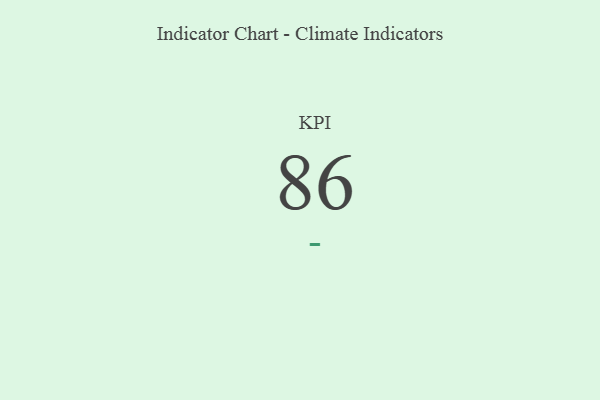
{"axis": {"x": "KPI", "y": "Value"}, "legend": [""], "data": [{"x": "KPI", "y": 86, "type": ""}]}